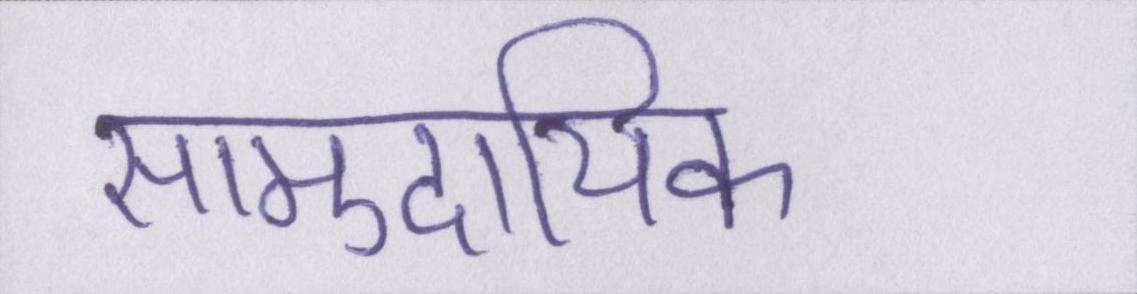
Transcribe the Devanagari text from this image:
सामुदायिक